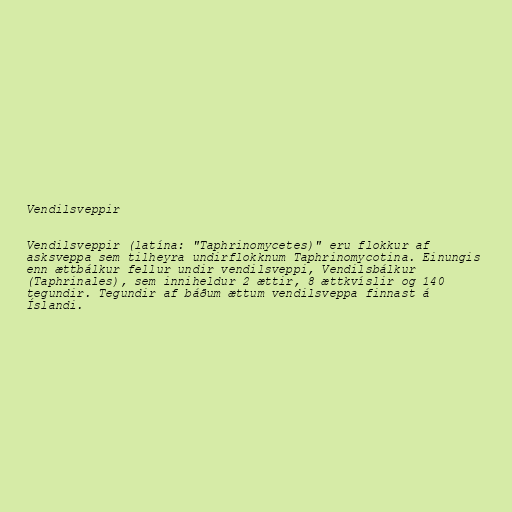
Vendilsveppir

Vendilsveppir (latína: "Taphrinomycetes)" eru flokkur af
asksveppa sem tilheyra undirflokknum Taphrinomycotina. Einungis
enn ættbálkur fellur undir vendilsveppi, Vendilsbálkur
(Taphrinales), sem inniheldur 2 ættir, 8 ættkvíslir og 140
tegundir. Tegundir af báðum ættum vendilsveppa finnast á
Íslandi.